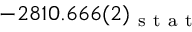
- 2 8 1 0 . 6 6 6 ( 2 ) _ { \mathrm { ~ s ~ t ~ a ~ t ~ } }